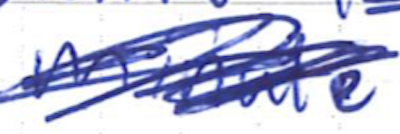
Text: minute
Cross-out: scratch
Writing tool: ballpoint